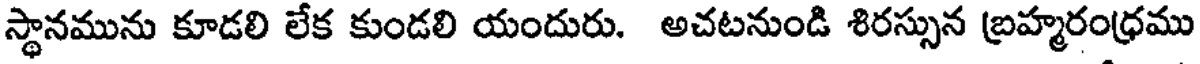
స్థానమును కూడలి లేక కుండలి యందురు. అచటనుండి శిరస్సున బ్రహ్మరంధ్రము